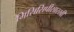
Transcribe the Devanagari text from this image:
मिसिसिपीसारखी